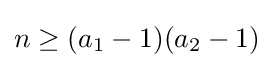
n\geq (a_{1}-1)(a_{2}-1)